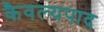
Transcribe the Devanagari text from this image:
कैवल्यपाद